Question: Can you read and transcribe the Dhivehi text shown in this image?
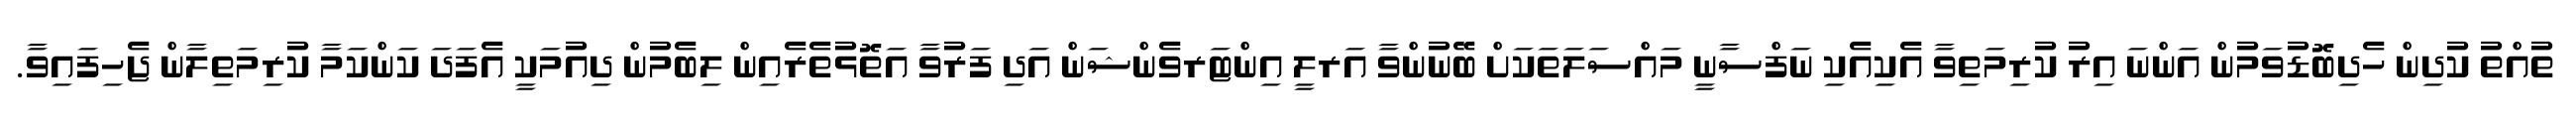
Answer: ތުއްތު ކުދިން ހެދިބޮޑުވަމުން އަންނަ އިރު ކުރިމަތިވާ އެކިއެކި ނަފްސާނީ މައްސަލަތަކަށް ބޭނުންވާ އަރލީ އިންޓަރވެންޝަން އަދި ފަރުވާ އަތޮޅުތެރެއިން ލިބެމުން ދިއުމަކީ އެފަދަ ކަންކަމާ ކުރިމަތިލާން ޖެހިފައިވާ.